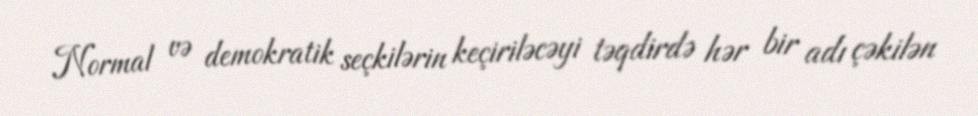
Normal və demokratik seçkilərin keçiriləcəyi təqdirdə hər bir adı çəkilən